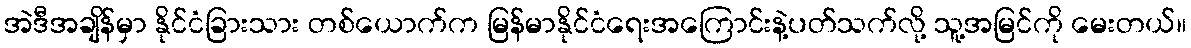
အဲဒီအချိန်မှာ နိုင်ငံခြားသား တစ်ယောက်က မြန်မာနိုင်ငံရေးအကြောင်းနဲ့ပတ်သက်လို့ သူ့အမြင်ကို မေးတယ်။